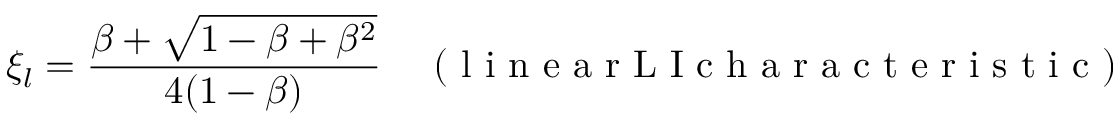
\xi _ { l } = \frac { \beta + \sqrt { 1 - \beta + \beta ^ { 2 } } } { 4 ( 1 - \beta ) } \quad \mathrm { ~ ( ~ l ~ i ~ n ~ e ~ a ~ r ~ L ~ I ~ c ~ h ~ a ~ r ~ a ~ c ~ t ~ e ~ r ~ i ~ s ~ t ~ i ~ c ~ ) ~ }